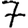
Digit: 7